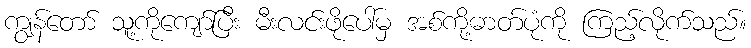
ကျွန်တော် သူ့ကိုကျော်ပြီး မီးလင်းဖိုပေါ်မှ အစ်ကို့ဓာတ်ပုံကို ကြည့်လိုက်သည်။